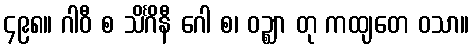
၄၉၈။ ဂါဝီ စ သိင်္ဂိနီ ဂေါ စ၊ ဝဉ္ဈာ တု ကထျတေ ဝသာ။